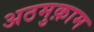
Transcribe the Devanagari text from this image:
अठमुक़ाम